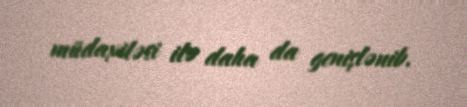
müdaxiləsi ilə daha da genişlənib.